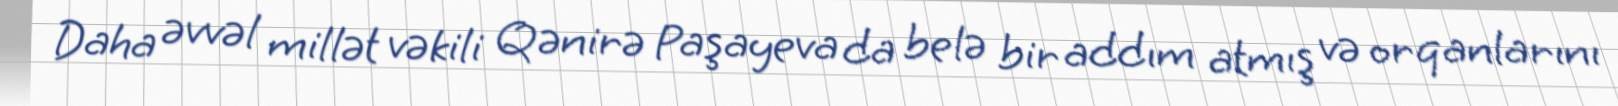
Daha əvvəl millət vəkili Qənirə Paşayeva da belə bir addım atmış və orqanlarını